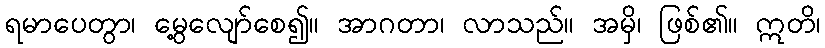
ရမာပေတွာ၊ မွေ့လျော်စေ၍။ အာဂတာ၊ လာသည်။ အမှိ၊ ဖြစ်၏။ ဣတိ၊